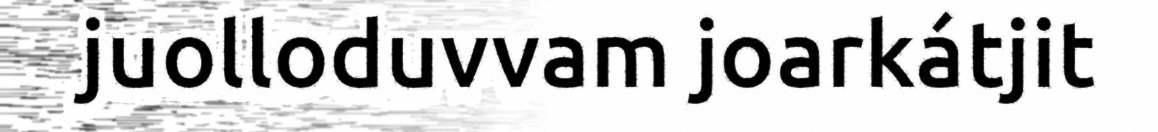
juolloduvvam joarkátjit